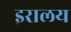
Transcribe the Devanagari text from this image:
इरालय